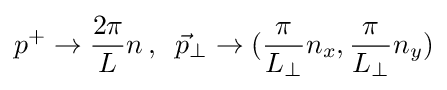
p^{+}\rightarrow {\frac {2\pi }{L}}n\,,\;\;{\vec {p}}_{\perp }\rightarrow ({\frac {\pi }{L_{\perp }}}n_{x},{\frac {\pi }{L_{\perp }}}n_{y})